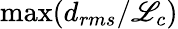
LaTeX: \operatorname*{max}(d_{rms}/\mathscr{L}_{c})